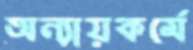
অন্যায়কর্মে